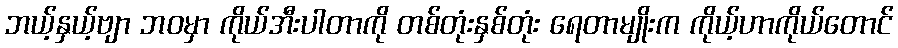
ဘယ့်နှယ့်ဗျာ ဘဝမှာ ကိုယ်အီးပါတာကို တစ်တုံးနှစ်တုံး ရေတာမျိုးက ကိုယ့်ဟာကိုယ်တောင်